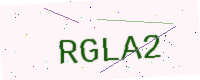
Text: RGLA2